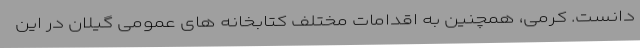
دانست. کرمی، همچنین به اقدامات مختلف کتابخانه های عمومی گیلان در این